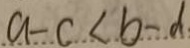
a - c < b - d